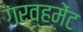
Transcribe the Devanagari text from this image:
गर्व्हमेंट